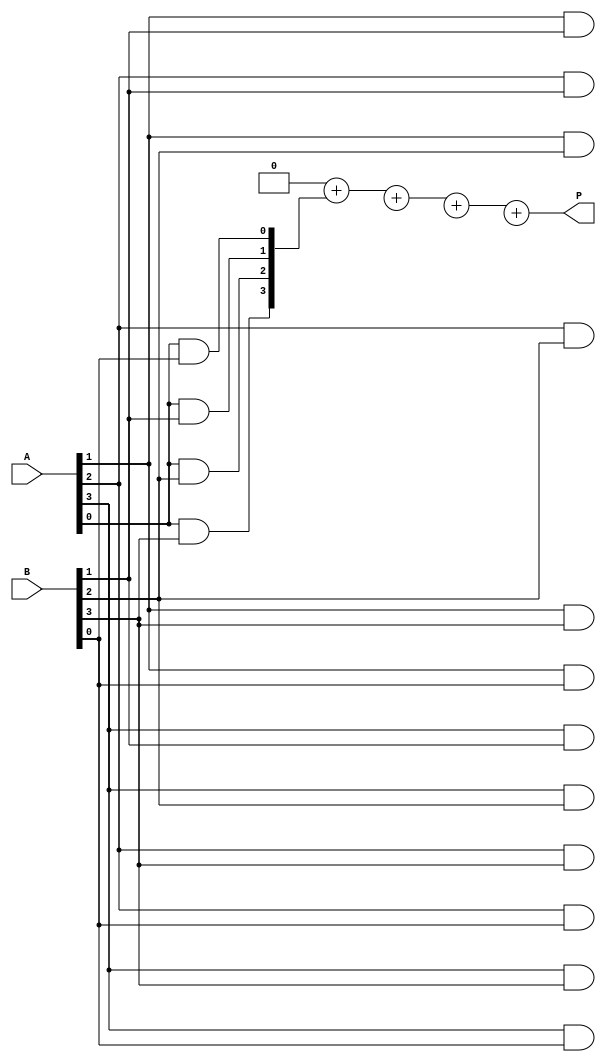
module vedic_multiplier #(parameter N = 4) (
    input [N-1:0] A,     // First operand
    input [N-1:0] B,     // Second operand
    output reg [2*N-1:0] P // Product of A and B
);

    reg [2*N-1:0] partial_products [0:N-1]; // Array to hold partial products
    integer i, j;

    // Generate partial products
    always @(*) begin
        // Initialize the product to zero
        P = 0;

        // Generate partial products for each bit of A
        for (i = 0; i < N; i = i + 1) begin
            for (j = 0; j < N; j = j + 1) begin
                // Compute the partial product for A[i] and B[j]
                partial_products[i][i+j] = A[i] & B[j];
            end
        end

        // Sum the partial products using a simple approach (could be optimized)
        for (i = 0; i < N; i = i + 1) begin
            P = P + partial_products[i];
        end
    end

endmodule